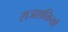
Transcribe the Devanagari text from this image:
राजशक्तियों